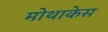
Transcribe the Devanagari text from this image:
मोथाकेस